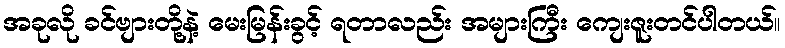
အခုလို ခင်ဗျားတို့နဲ့ မေးမြန်းခွင့် ရတာလည်း အများကြီး ကျေးဇူးတင်ပါတယ်။